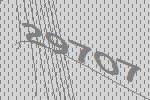
29707